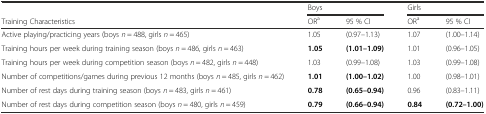
|  | <COLSPAN=2> Boys | <COLSPAN=2> Girls |
 | Training Characteristics | ORa | 95 % CI | ORa | 95 % CI |
 | --- | --- | --- | --- | --- |
 | Active playing/practicing years (boys n = 488, girls n = 465) | 1.05 | (0.97–1.13) | 1.07 | (1.00–1.14) |
 | Training hours per week during training season (boys n = 486, girls n = 463) | 1.05 | (1.01–1.09) | 1.01 | (0.96–1.05) |
 | Training hours per week during competition season (boys n = 482, girls n = 448) | 1.03 | (0.99–1.08) | 1.03 | (0.99–1.08) |
 | Number of competitions/games during previous 12 months (boys n = 485, girls n = 462) | 1.01 | (1.00–1.02) | 1.00 | (0.98–1.01) |
 | Number of rest days during training season (boys n = 483, girls n = 461) | 0.78 | (0.65–0.94) | 0.96 | (0.83–1.11) |
 | Number of rest days during competition season (boys n = 480, girls n = 459) | 0.79 | (0.66–0.94) | 0.84 | (0.72–1.00) |